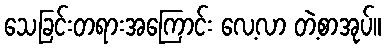
သေခြင်းတရားအကြောင်း လေ့လာ တဲ့စာအုပ်။